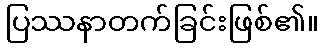
ပြဿနာတက်ခြင်းဖြစ်၏။